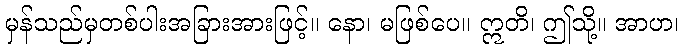
မှန်သည်မှတစ်ပါးအခြားအားဖြင့်။ နော၊ မဖြစ်ပေ။ ဣတိ၊ ဤသို့။ အာဟ၊